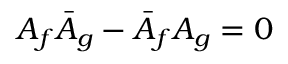
A _ { f } \bar { A } _ { g } - \bar { A } _ { f } A _ { g } = 0